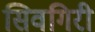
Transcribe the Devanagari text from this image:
सिवगिरी